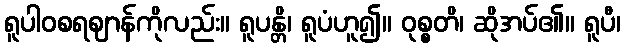
ရူပါဝစရဈာန်ကိုလည်း။ ရူပန္တိ၊ ရူပံဟူ၍။ ဝုစ္စတိ၊ ဆိုအပ်၏။ ရူပီ၊